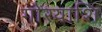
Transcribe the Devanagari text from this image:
गोरयाशि